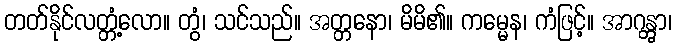
တတ်နိုင်လတ္တံ့လော။ တွံ၊ သင်သည်။ အတ္တနော၊ မိမိ၏။ ကမ္မေန၊ ကံဖြင့်။ အာဂန္တွာ၊